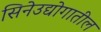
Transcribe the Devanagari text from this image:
सिनेउद्योगातील